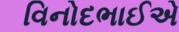
વિનોદભાઈએ